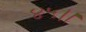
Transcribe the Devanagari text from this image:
४५।।